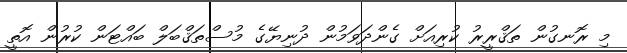
މި ރޮނގުން ތަޤްރީރު ކުރިއަށް ގެންދަވަމުން ދުނިޔޭގެ މުސްތަޤްބަލް ބައްޓަން ކުރުން އޮތީ